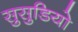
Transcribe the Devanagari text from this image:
सुसुडियो